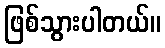
ဖြစ်သွားပါတယ်။